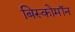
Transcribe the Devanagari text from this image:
बिस्कोमॉन